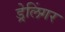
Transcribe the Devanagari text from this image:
ड्रेलिंगर